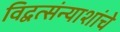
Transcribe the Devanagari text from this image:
विद्वत्संन्याशांचे